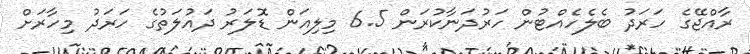
ރާއްޖޭގެ ހަރަދު ބެލެހެއްޓުން ހަރުދަނާކުރަން 6.5 މިލިއަން ޑޮލަރު ދައުލަތުގެ ހަރަދު މިހާރަށް